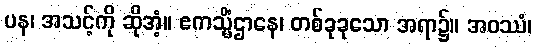
ပန၊ အသင့်ကို ဆိုအံ့။ ဧကသ္မိံဌာနေ၊ တစ်ခုခုသော အရာ၌။ အဝဿံ၊